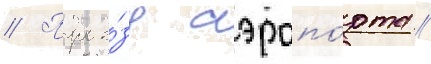
// Прое́зд аэропо́рта //